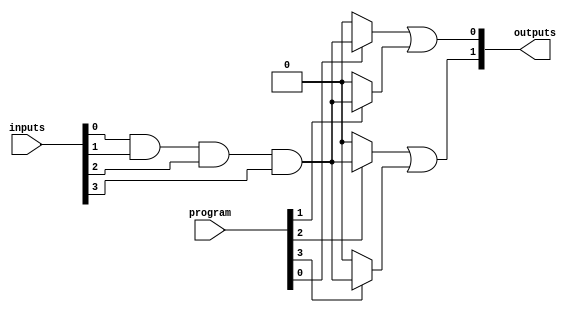
module SPAL #(parameter N = 4, // Number of inputs
              parameter M = 2, // Number of outputs
              parameter P = 4   // Number of programmable product terms (AND gates)
              )
              (
              input  [N-1:0]  inputs, // Input signals
              input  [P-1:0]  program, // Programming signals (1 for connected, 0 for not connected)
              output [M-1:0]  outputs   // Output signals
              );

    // Internal wires for product terms
    wire [P-1:0] product_terms;
    
    // Generate product terms using programmable AND gates
    genvar i, j;
    generate
        for (i = 0; i < P; i = i + 1) begin: and_array
            wire [N-1:0] and_inputs;
            assign and_inputs = {inputs[N-1], inputs[N-2], inputs[N-3], inputs[N-4]};
            
            // Each AND gate can be programmed to connect inputs or their complements
            assign product_terms[i] = (program[i]) ? 
                (and_inputs[0] & and_inputs[1] & and_inputs[2] & and_inputs[3]) : 1'b0; // Example logic
        end
    endgenerate

    // Fixed OR array to combine product terms
    assign outputs[0] = product_terms[0] | product_terms[1]; // Example OR logic for output 0
    assign outputs[1] = product_terms[2] | product_terms[3]; // Example OR logic for output 1

endmodule